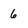
Character: 6